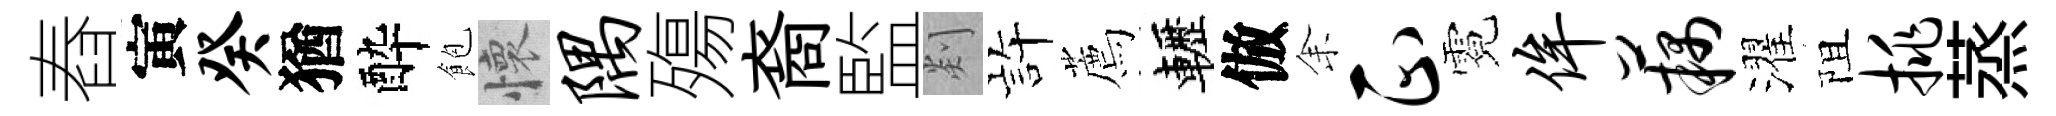
舂寅癸猶酔飽懷隅殤裔監剡静薦轣倣𪜬正霓侔藕濯阻挑蒸